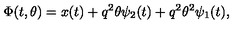
\Phi ( t , \theta ) = x ( t ) + q ^ { 2 } \theta \psi _ { 2 } ( t ) + q ^ { 2 } \theta ^ { 2 } \psi _ { 1 } ( t ) ,